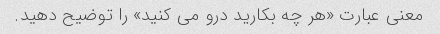
معنی عبارت «هر چه بکارید درو می کنید» را توضیح دهید.